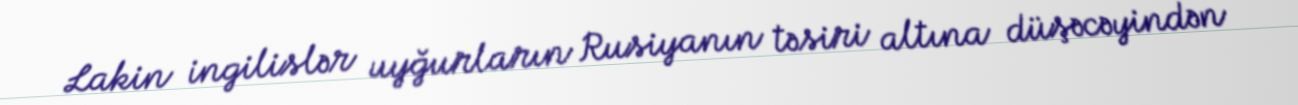
Lakin ingilislər uyğurların Rusiyanın təsiri altına düşəcəyindən